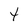
Character: t